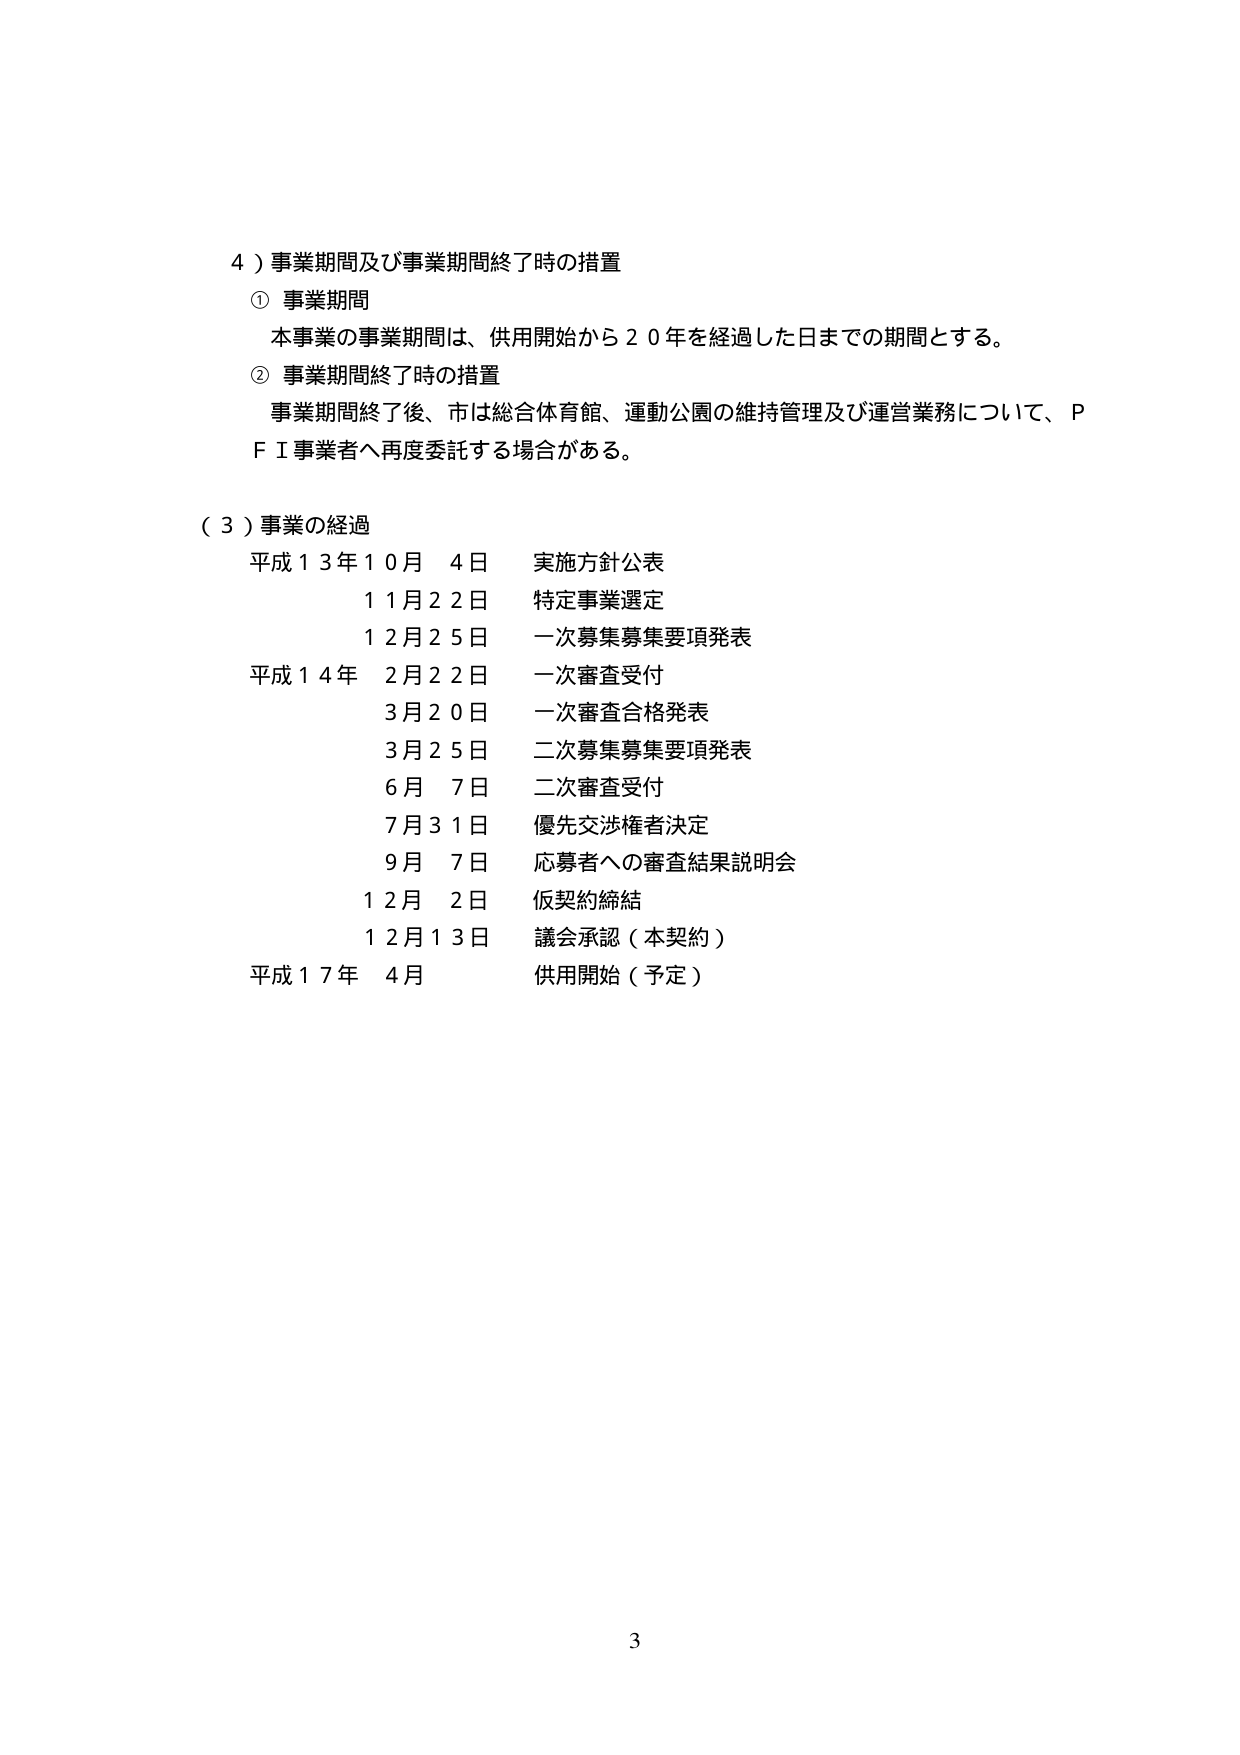
４）事業期間及び事業期間終了時の措置
① 事業期間
本事業の事業期間は、供用開始から２０年を経過した日までの期間とする。
② 事業期間終了時の措置
事業期間終了後、市は総合体育館、運動公園の維持管理及び運営業務について、ＰＦＩ事業者へ再度委託する場合がある。

（３）事業の経過
平成１３年１０月 ４日 実施方針公表
　　　　　１１月２２日 特定事業選定
　　　　　１２月２５日 一次募集募集要項発表
平成１４年 ２月２２日 一次審査受付
　　　　　３月２０日 一次審査合格発表
　　　　　３月２５日 二次募集募集要項発表
　　　　　６月 ７日 二次審査受付
　　　　　７月３１日 優先交渉権者決定
　　　　　９月 ７日 応募者への審査結果説明会
　　　　　１２月 ２日 仮契約締結
　　　　　１２月１３日 議会承認（本契約）
平成１７年 ４月 供用開始（予定）

3